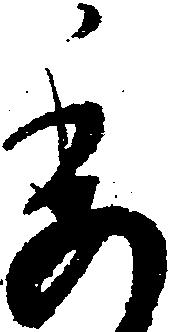
委